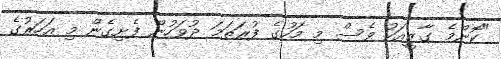
"ކޮންމެ ގާޒީއަކު ވެސް މި މަހުގެ ފުރަތަމަ ދުވަހުން ފެށިގެން މި އަހަރުގެ